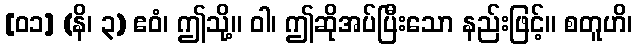
[၀၁] (နိ၊ ၃) ဧဝံ၊ ဤသို့။ ဝါ၊ ဤဆိုအပ်ပြီးသော နည်းဖြင့်။ စတူဟိ၊